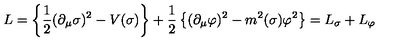
L = \left\{ \frac { 1 } { 2 } ( \partial _ { \mu } \sigma ) ^ { 2 } - V ( \sigma ) \right\} + \frac { 1 } { 2 } \left\{ ( \partial _ { \mu } \varphi ) ^ { 2 } - m ^ { 2 } ( \sigma ) \varphi ^ { 2 } \right\} = L _ { \sigma } + L _ { \varphi }